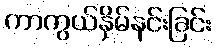
ကာကွယ်နှိမ်နင်းခြင်း